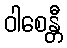
ဝါစေန္တီ